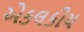
એકલકીય